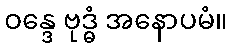
ဝန္ဒေ ဗုဒ္ဓံ အနောပမံ။